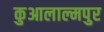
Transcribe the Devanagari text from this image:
कुआलाल्मपुर